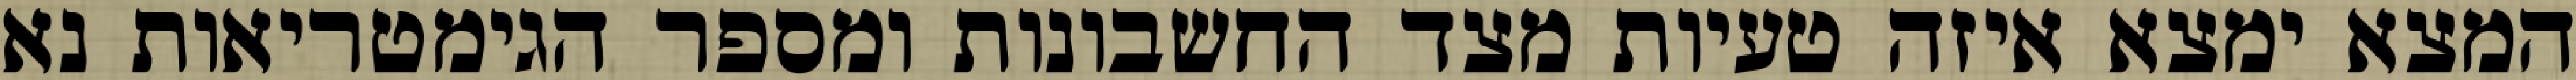
המצא ימצא איזה טעיות מצד החשבונות ומספר הגימטריאות נא